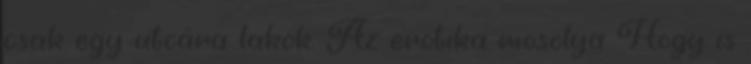
csak egy utcára lakok. Az erotika mosolya Hogy is